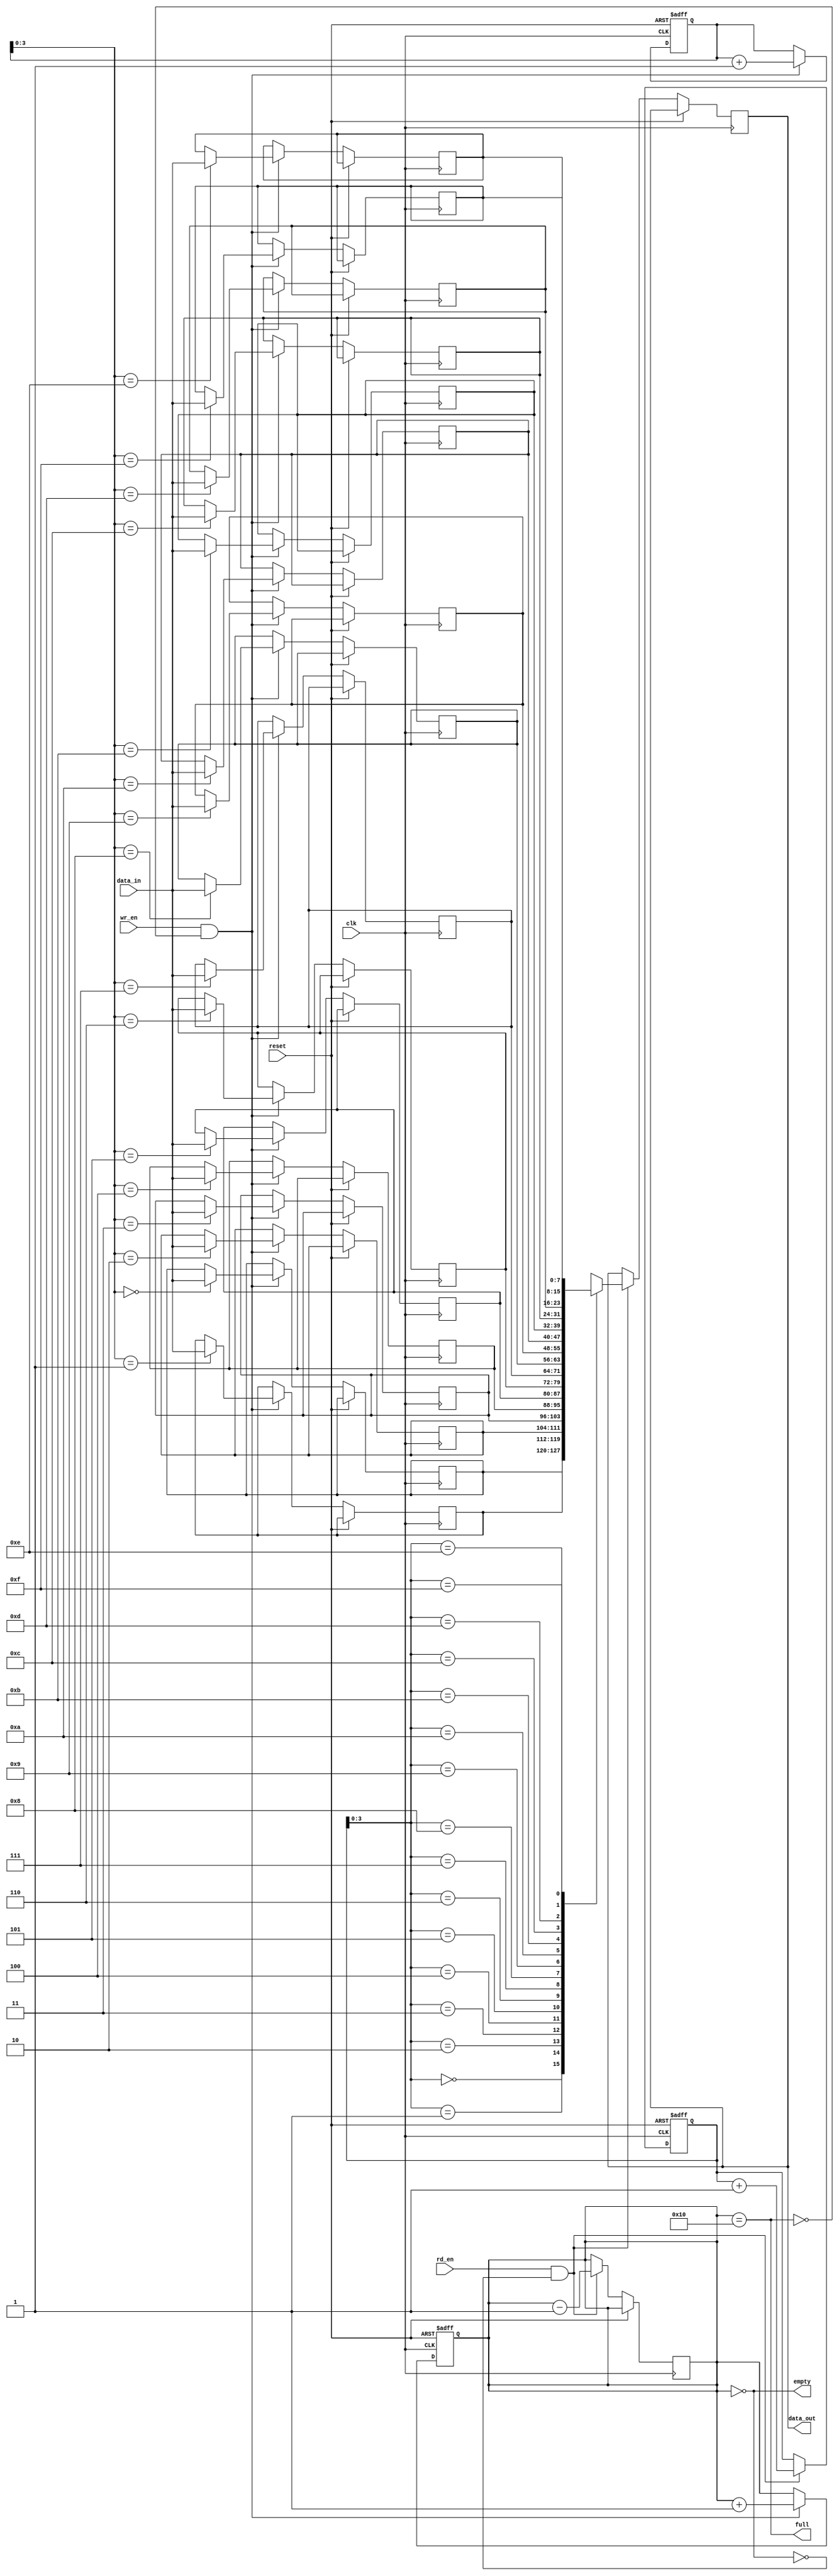
module fifo
#(
parameter WIDTH = 8, // set default width
parameter DEPTH = 16 // set default depth
)
(
input wire clk, // clock input
input wire reset, // reset input
input wire wr_en, // write enable input
input wire [WIDTH-1:0] data_in, // data input
output wire full, // full output
input wire rd_en, // read enable input
output wire [WIDTH-1:0] data_out, // data output
output wire empty // empty output
);

reg [WIDTH-1:0] mem [DEPTH-1:0]; // storage array to hold data elements
reg [WIDTH-1:0] data_out_reg; // register for data output
reg [WIDTH-1:0] wr_ptr; // write pointer
reg [WIDTH-1:0] rd_ptr; // read pointer
reg [DEPTH-1:0] count; // counter for tracking number of elements in FIFO

// Write logic
always @(posedge clk or posedge reset)
begin
if (reset)
begin
wr_ptr <= 0;
count <= 0;
end
else if (wr_en && !full)
begin
mem[wr_ptr] <= data_in;
wr_ptr <= wr_ptr + 1;
count <= count + 1;
end
end

// Read logic
always @(posedge clk or posedge reset)
begin
if (reset)
begin
rd_ptr <= 0;
end
else if (rd_en && !empty)
begin
data_out_reg <= mem[rd_ptr];
rd_ptr <= rd_ptr + 1;
count <= count - 1;
end
end

// Output logic
assign data_out = data_out_reg;
assign full = (count == DEPTH);
assign empty = (count == 0);

endmodule